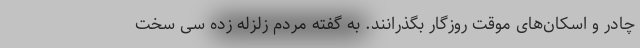
چادر و اسکان‌های موقت روزگار بگذرانند. به گفته مردم زلزله زده سی سخت